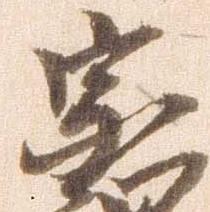
宗